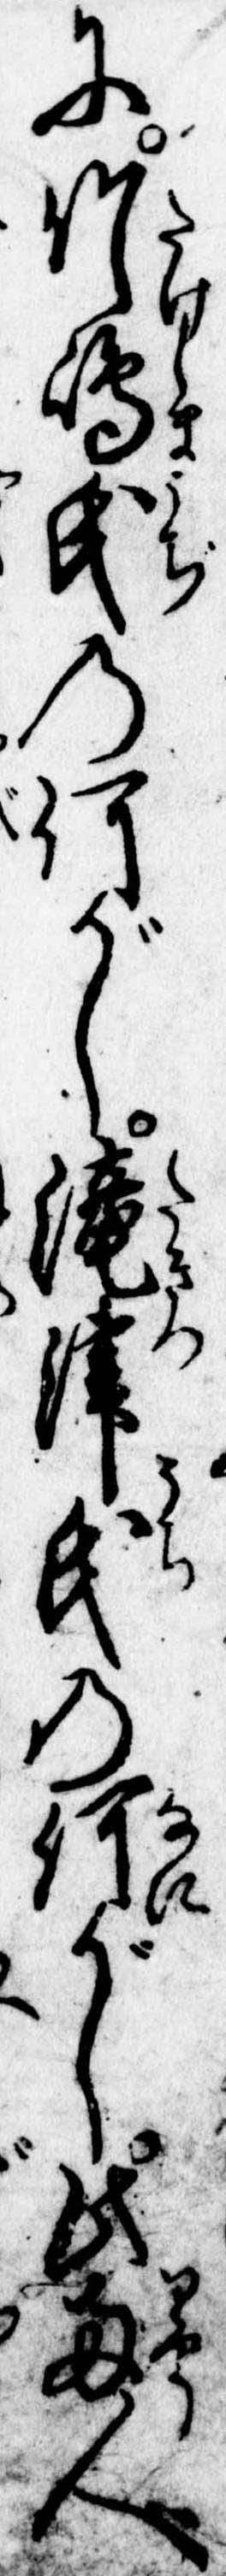
に竹島氏の何がし滝津氏の何がし此両人